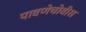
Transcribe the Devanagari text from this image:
पावणेचोवीस